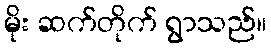
မိုး ဆက်တိုက် ရွာသည်။